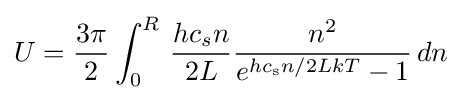
U={3\pi  \over 2}\int _{0}^{R}\,{hc_{s}n \over 2L}{n^{2} \over e^{hc_{\rm {s}}n/2LkT}-1}\,dn